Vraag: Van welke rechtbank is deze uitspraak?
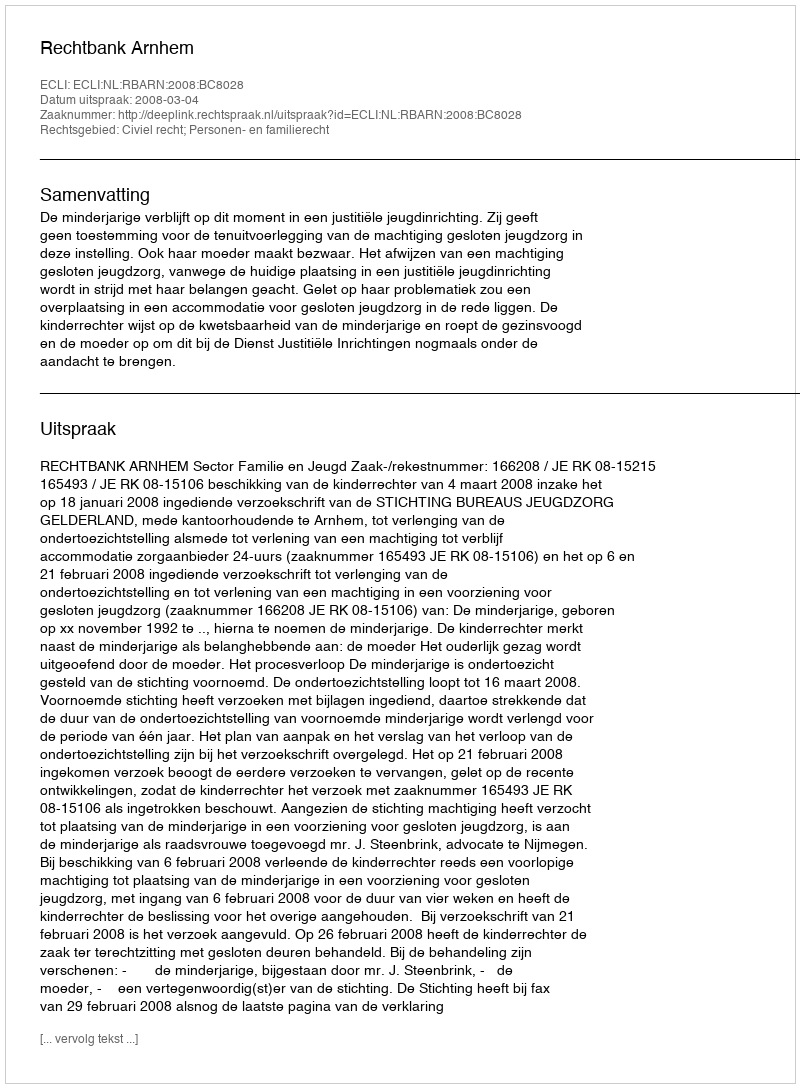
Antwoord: Rechtbank Arnhem